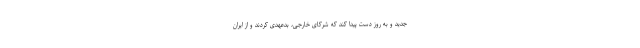
جدید و به روز دست پیدا کند که شرکای خارجی، بدعهدی کردند و از ایران